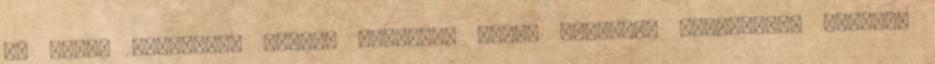
ön által letölteni kívánt tartalom olyan elemeket tartalmaz, amelyek